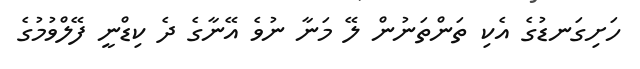
ހަށިގަނޑުގެ އެކި ތަންތަނުން ލޭ މަނާ ނުވެ އޭނާގެ ދެ ކިޑްނީ ފޭލްވުމުގެ